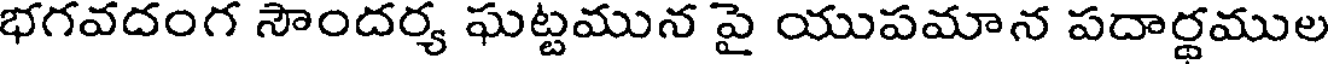
భగవదంగ సౌందర్య ఘట్టమున పై యుపమాన పదార్థముల